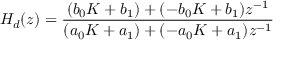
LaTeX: H _ { d } ( z ) = { \frac { ( b _ { 0 } K + b _ { 1 } ) + ( - b _ { 0 } K + b _ { 1 } ) z ^ { - 1 } } { ( a _ { 0 } K + a _ { 1 } ) + ( - a _ { 0 } K + a _ { 1 } ) z ^ { - 1 } } }